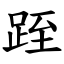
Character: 跮